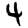
Digit: 4